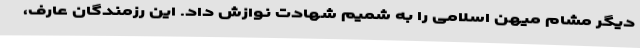
دیگر مشام میهن اسلامی را به شمیم شهادت نوازش داد. این رزمندگان عارف،